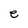
Character: e